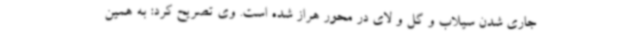
جاری شدن سیلاب و گل و لای در محور هراز شده است. وی تصریح کرد: به همین